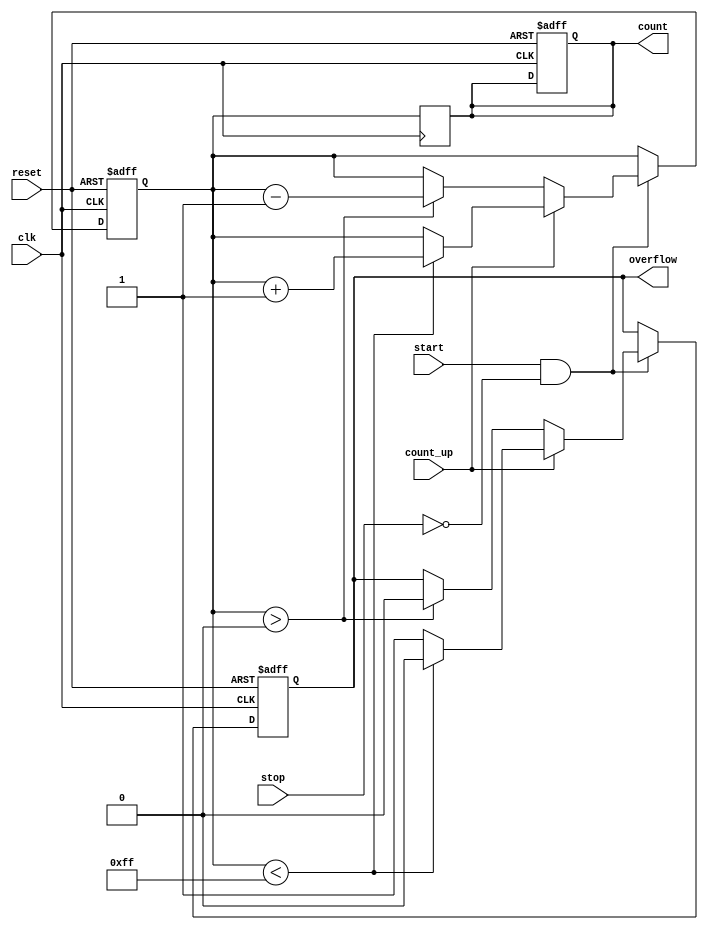
module MemoryBlocksWindowedCounter #(
    parameter COUNT_WIDTH = 8,         // Width of the count value
    parameter MAX_COUNT = 255           // Maximum count value for overflow detection
)(
    input wire clk,                     // Clock signal
    input wire reset,                   // Reset signal
    input wire start,                   // Start counting signal
    input wire stop,                    // Stop counting signal
    input wire count_up,                // Count up or down control signal
    output reg [COUNT_WIDTH-1:0] count, // Current count value
    output reg overflow                 // Overflow condition
);

    // Memory storage for current count value
    reg [COUNT_WIDTH-1:0] memory;

    // Initial block for synchronous reset
    initial begin
        count = 0;
        memory = 0;
        overflow = 0;
    end

    // Synchronous process for counting
    always @(posedge clk or posedge reset) begin
        if (reset) begin
            count <= 0;
            memory <= 0;
            overflow <= 0;
        end else if (start && !stop) begin
            if (count_up) begin
                if (memory < MAX_COUNT) begin
                    memory <= memory + 1;
                    overflow <= 0; // No overflow
                end else begin
                    overflow <= 1; // Overflow detected
                end
            end else begin
                if (memory > 0) begin
                    memory <= memory - 1;
                    overflow <= 0; // No overflow
                end
            end
        end
    end

    // Update the count output from memory
    always @(posedge clk) begin
        count <= memory;
    end

endmodule